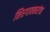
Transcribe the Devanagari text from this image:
शिरगावकरांचा